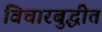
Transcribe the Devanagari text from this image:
विचारबुद्धीत